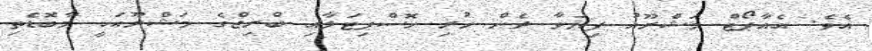
އެވެ. އެއާޕޯޓް މަޝްރޫއު ފިޔަވާ ދެން ހުރި ހޮސްޕިޓަލާއި ބްރިޖްގެ މަޝްރޫއަކީ މާބޮޑެތި